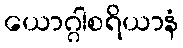
ယောဂ္ဂါစရိယာနံ